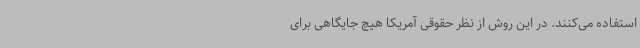
استفاده می‌کنند. در این روش از نظر حقوقی آمریکا هیچ جایگاهی برای